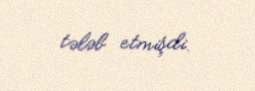
tələb etmişdi.